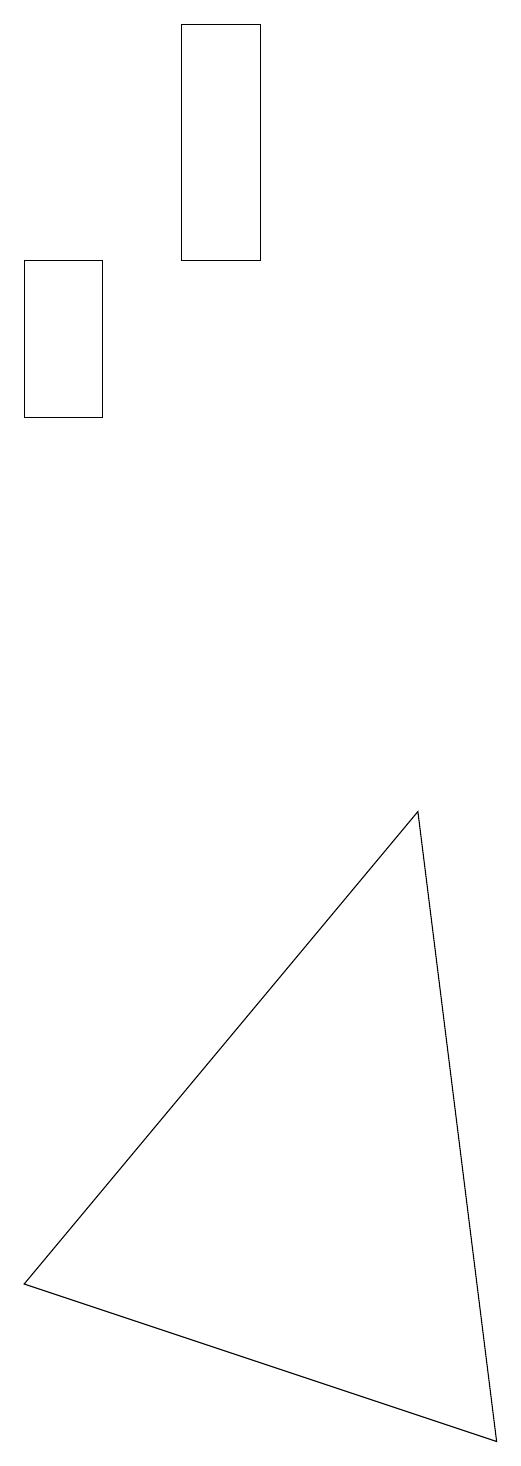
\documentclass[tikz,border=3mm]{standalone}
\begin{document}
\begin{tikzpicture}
\draw (3,15) rectangle (2,13);
\draw (2,2) -- (8,0) -- (7,8) -- cycle;
\draw (4,18) rectangle (5,15);
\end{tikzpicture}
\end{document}